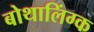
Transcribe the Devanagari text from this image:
बोथालिंग्क